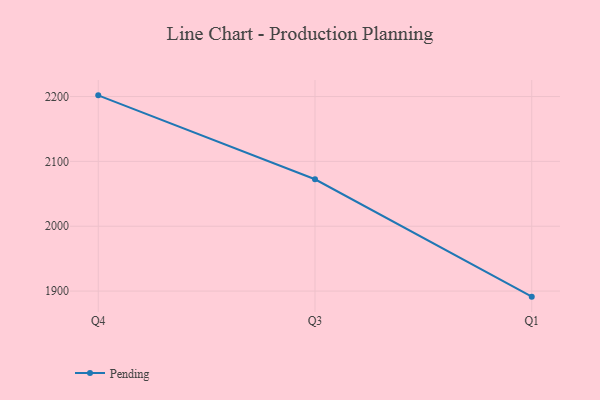
{"axis": {"x": "Quarter", "y": "Budget (USD K)"}, "legend": ["Pending"], "data": [{"x": "Q4", "y": 2201.8, "type": "Pending"}, {"x": "Q3", "y": 2072.4, "type": "Pending"}, {"x": "Q1", "y": 1891.4, "type": "Pending"}]}